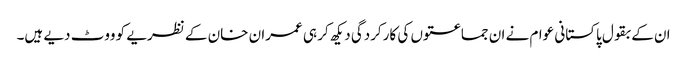
ان کے بقول پاکستانی عوام نے ان جماعتوں کی کارکردگی دیکھ کر ہی عمران خان کے نظریے کو ووٹ دیے ہیں۔